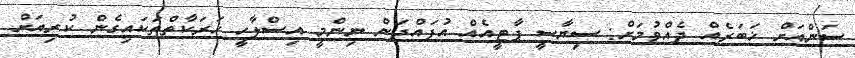
ސަންއަށް ޚަބަރެއް ދެއްވުމަށް: ސިޔާސީ ޕާޓީއެއް އުފައްދަން ނިންމީ އިސްލާހީ ހަރަކާތްތަކައިގެން ކުރިއަށް